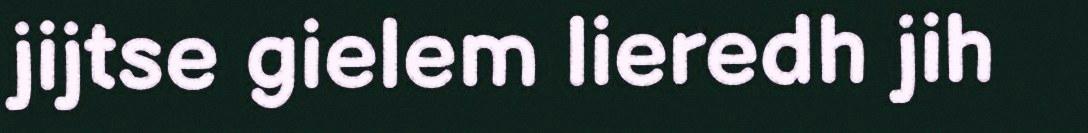
jijtse gielem lieredh jih